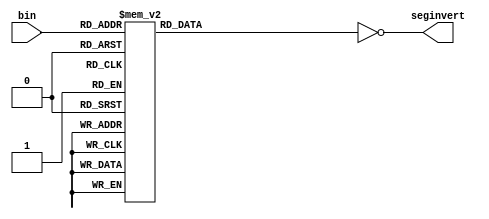
`timescale 1ns / 1ps
//////////////////////////////////////////////////////////////////////////////////
// Company: 
// Engineer: 
// 
// Design Name: 
// Module Name:    bin2reg 
// Project Name: 
// Target Devices: 
// Tool versions: 
// Description: 
//
// Dependencies: 
//
// Revision: 
// Revision 0.01 - File Created
// Additional Comments: 
//
//////////////////////////////////////////////////////////////////////////////////
module bin2reg(bin, seginvert);
    input [3:0] bin;
    output  [1:7] seginvert;
	 reg [1:7] seg;
always@(bin)
case(bin)
		0: seg = 7'b1111110;
		1: seg = 7'b0110000;
		2: seg = 7'b1101101;
		3: seg = 7'b1111001;
		4: seg = 7'b0110011;
		5: seg = 7'b1011011;
		6: seg = 7'b1011111;
		7: seg = 7'b1110000;
		8: seg = 7'b1111111;
		9: seg = 7'b1111011;
		10: seg = 7'b1110111;
		11: seg = 7'b0011111;
		12: seg = 7'b1001110;
		13: seg = 7'b0111101;
		14: seg = 7'b1001111;
		15: seg = 7'b1000111;
endcase
assign seginvert = ~seg;

endmodule